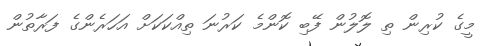
މީގެ ކުރިން ތި ލޮލުން ފޭބި ކޮންމެ ކަރުނަ ތިއްކަކަށް އަހަރެންގެ ފަރާތުން